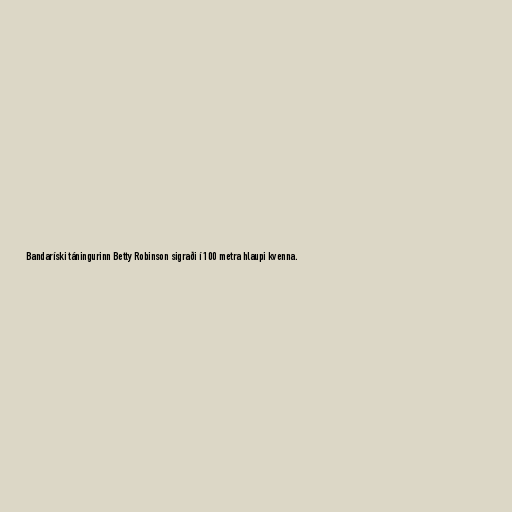
Bandaríski táningurinn Betty Robinson sigraði í 100 metra hlaupi kvenna.